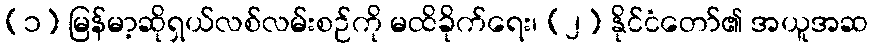
(၁) မြန်မာ့ဆိုရှယ်လစ်လမ်းစဉ်ကို မထိခိုက်ရေး၊ (၂) နိုင်ငံတော်၏ အယူအဆ